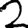
Digit: 2